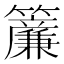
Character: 𬖄